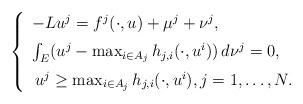
LaTeX: \begin{align*} \left\{\begin{array}{l}-Lu^{j}=f^{j}(\cdot,u)+\mu^j+\nu^{j},\medskip\\\int_E(u^{j}-\max_{i\in A_j}h_{j,i}(\cdot,u^{i}))\,d\nu^{j}=0,\medskip\\\, u^{j}\ge\max_{i\in A_j}h_{j,i}(\cdot,u^{i}),j=1,\dots,N.\end{array}\right.\end{align*}